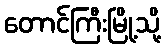
တောင်ကြီးမြို့သို့